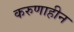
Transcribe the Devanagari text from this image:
करुणाहीन